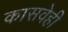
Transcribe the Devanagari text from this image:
कासवेही